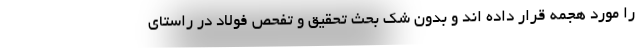
را مورد هجمه قرار داده اند و بدون شک بحث تحقیق و تفحص فولاد در راستای